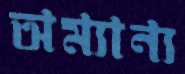
অম্যান্য